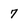
Character: 7